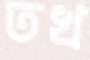
তখ